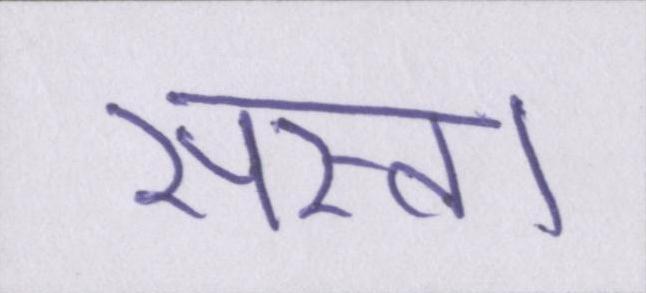
सस्ता